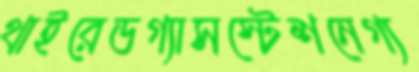
থাইরেডগ্যাসস্টেশনেগ্য